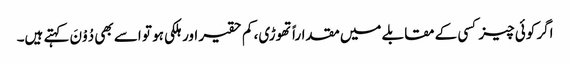
اگر کوئی چیز کسی کے مقابلے میں مقداراً تھوڑی، کم حقیر اور ہلکی ہو تو اسے بھی دُوْنَ کہتے ہیں۔